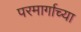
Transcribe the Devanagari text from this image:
परमार्गाच्या